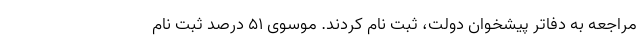
مراجعه به دفاتر پیشخوان دولت، ثبت نام کردند. موسوی ۵۱ درصد ثبت نام